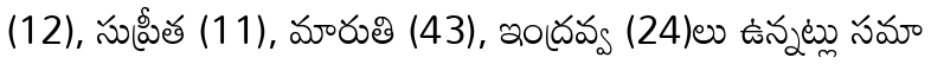
(12), సుప్రీత (11), మారుతి (43), ఇంద్రవ్వ (24)లు ఉన్నట్లు సమా